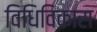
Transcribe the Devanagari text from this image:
विधिविकास